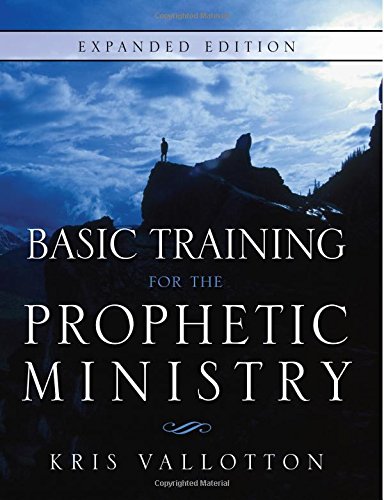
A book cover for Basic Training for the Prophetic Ministry Expanded Edition; Kris Vallotton; Christian Books & Bibles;